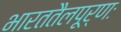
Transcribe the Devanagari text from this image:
भारततैलपूर्णः